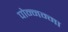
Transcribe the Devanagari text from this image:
पोन्नम्मा